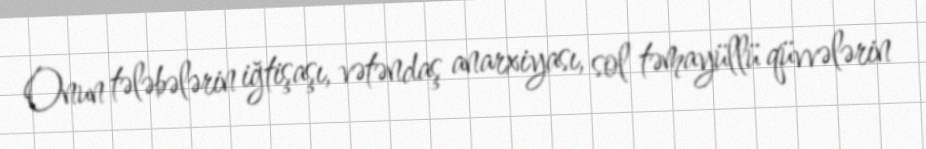
Onun tələbələrin iğtişaşı, vətəndaş anarxiyası, sol təmayüllü qüvvələrin